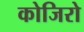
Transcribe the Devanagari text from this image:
कोजिरो